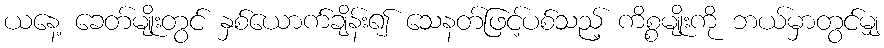
ယနေ့ ခေတ်မျိုးတွင် နှစ်ယောက်ချိန်း၍ သေနတ်ဖြင့်ပစ်သည့် ကိစ္စမျိုးကို ဘယ်မှာတွင်မျှ